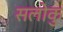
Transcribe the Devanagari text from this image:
सलोकु